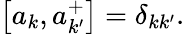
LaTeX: \left[a_{k},a_{k^{\prime}}^{+}\right]=\delta_{kk^{\prime}}.